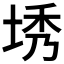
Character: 𪣜